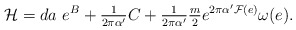
\begin{align*}{\cal H} = d a\ e^{B} +{\textstyle\frac{1}{2\pi\alpha^{\prime}}}C +{\textstyle\frac{1}{2\pi\alpha^{\prime}}}{\textstyle\frac{m}{2}}e^{2\pi\alpha^{\prime}{\cal F}(e)}\omega(e).\end{align*}